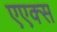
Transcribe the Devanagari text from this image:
एएक्स